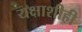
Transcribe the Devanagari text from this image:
यक्षाशीही